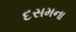
દસમના